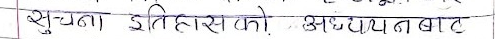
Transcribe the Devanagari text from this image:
सुचना इतिहासको अध्ययन बाट